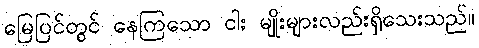
မြေပြင်တွင် နေကြသော ငါး မျိုးများလည်းရှိသေးသည်။